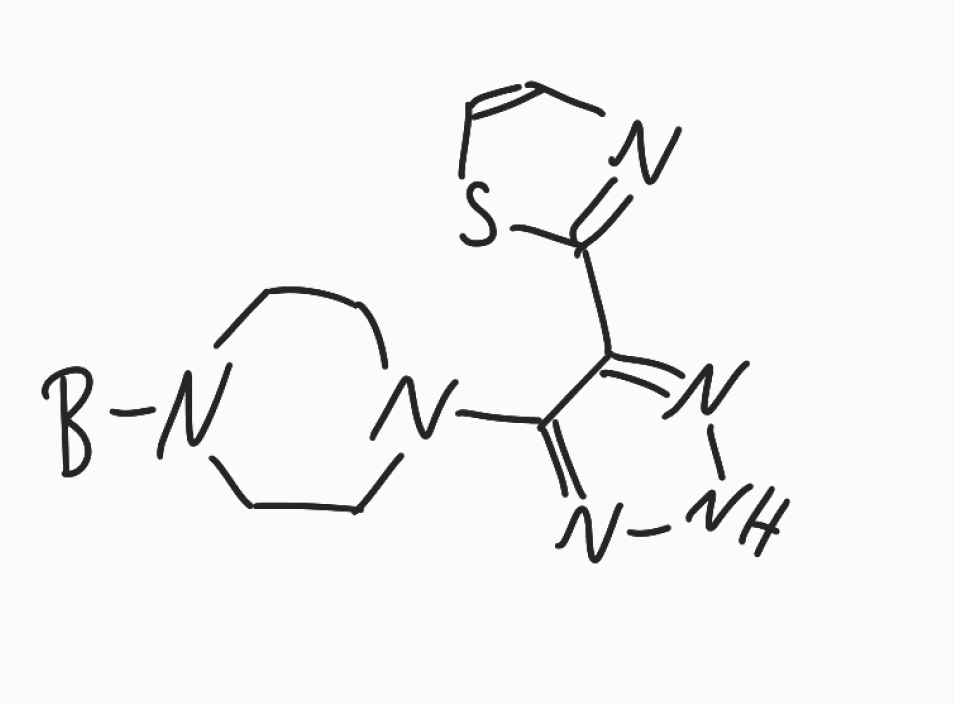
Simplified molecular-input line-entry system (SMILES) notation of the given molecule:
[B]N1CCN(CC1)C2=NNN=C2C3=NC=CS3